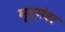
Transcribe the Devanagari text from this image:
मृद्‌गंध